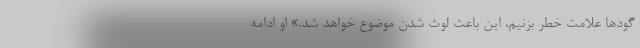
گودها علامت خطر بزنیم، این باعث لوث شدن موضوع خواهد شد.» او ادامه